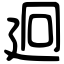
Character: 㢠